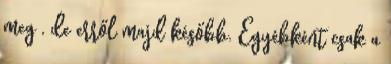
meg , de erről majd később. Egyébként csak a